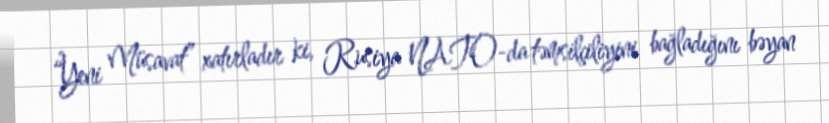
“Yeni Müsavat” xatırladır ki, Rusiya NATO-da təmsilçiliyini bağladığını bəyan